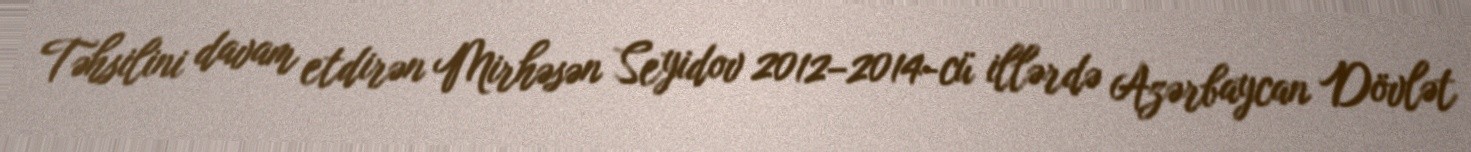
Təhsilini davam etdirən Mirhəsən Seyidov 2012–2014-cü illərdə Azərbaycan Dövlət